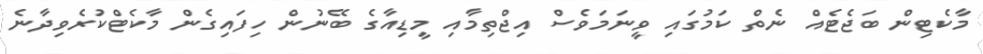
މާކެޓިން ބަޖެޓެއް ނެތް ކަމުގައި ވީނަމަވެސް އިޖްތިމާއި މީޑިއާގެ ބޭނުން ހިފައިގެން މާކެޓްކުރެވިދާނެ